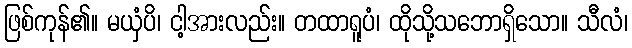
ဖြစ်ကုန်၏။ မယှံပိ၊ ငါ့အားလည်း။ တထာရူပံ၊ ထိုသို့သဘောရှိသော။ သီလံ၊